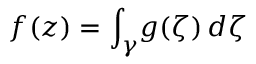
f ( z ) = \int _ { \gamma } \! g ( \zeta ) \, d \zeta